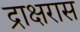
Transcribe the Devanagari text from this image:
द्राक्षरास